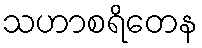
သဟာစရိတေန